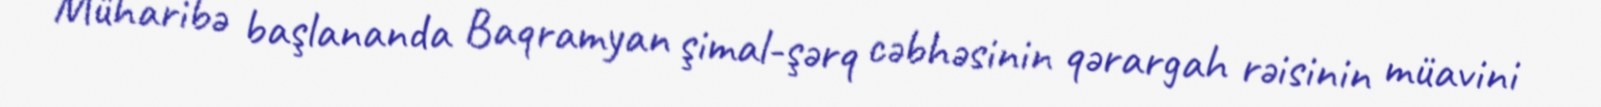
Müharibə başlananda Baqramyan şimal-şərq cəbhəsinin qərargah rəisinin müavini